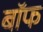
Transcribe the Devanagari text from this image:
बाॅफ